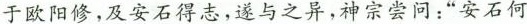
于欧阳修，及安石得志，遂与之异，神宗尝问：”安石何